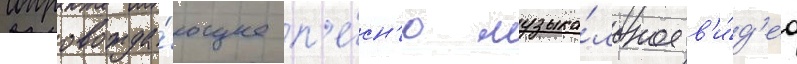
Сопровожда́ющее п'е́сн'ю музыка́льное в'и́д'ео